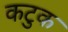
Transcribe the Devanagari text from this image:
कटुक